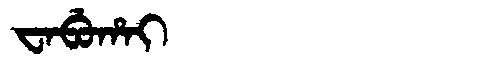
Manchu: ᠸᠠᠪᡠᡥᠠᡳ
Romanization: WABUHAI